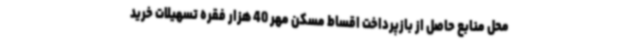
محل منابع حاصل از بازپرداخت اقساط مسکن مهر 40 هزار فقره تسهیلات خرید